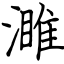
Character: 濉